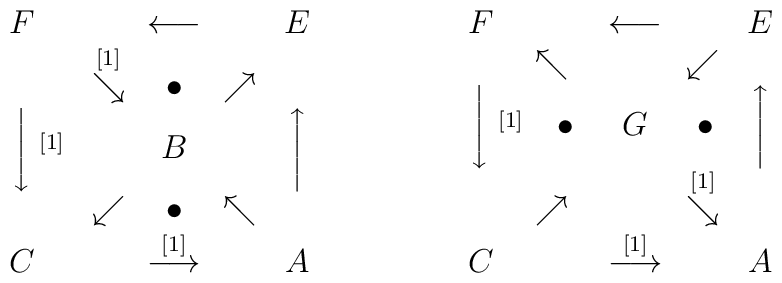
\begin{array}{ccc}F&\longleftarrow&E\\&\stackrel{[1]}{\searrow}\hspace*{4mm}\bullet\hspace*{4mm}\nearrow&\\\hspace*{4mm}\Bigg\downarrow\stackrel{[1]}{}&B&\Bigg\uparrow \\&\swarrow\hspace*{4mm}\bullet\hspace*{4mm}\nwarrow & \\C&\stackrel{[1]}{\longrightarrow}&A\\&&\\\end{array}\phantom{quality}\begin{array}{ccc}F&\longleftarrow&E\\&\hspace*{-2mm}\nwarrow\hspace*{15mm}\swarrow&\\\hspace*{4mm}\Bigg\downarrow\stackrel{[1]}{}&\bullet\phantom{123}G\phantom{123}\bullet&\Bigg\uparrow \\&\hspace*{-2mm}\nearrow\hspace*{15mm}\stackrel{[1]}{\searrow}&  \\C&\stackrel{[1]}{\longrightarrow}&A\\&&\\\end{array}